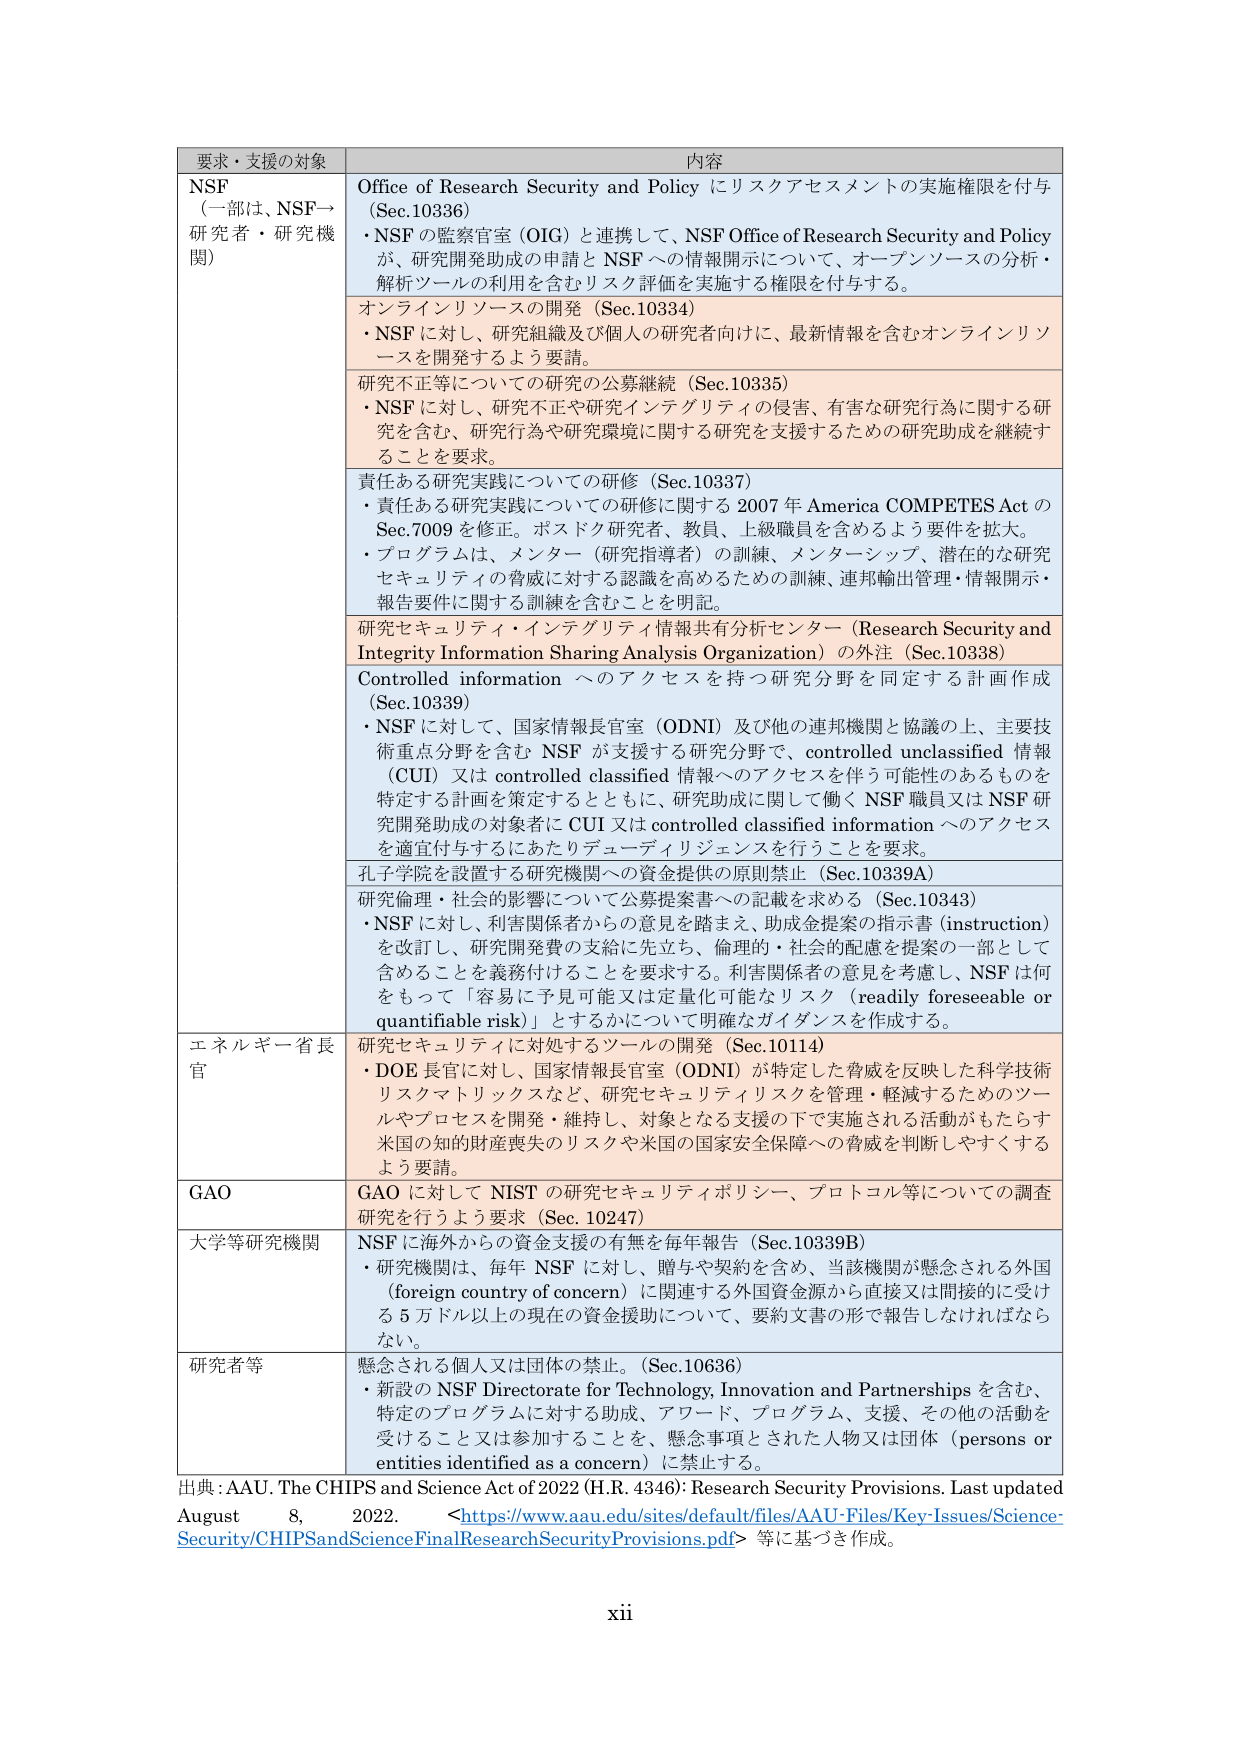
要求・支援の対象 内容
NSF
（一部は、NSF→研究者・研究機関）
Office of Research Security and Policy にリスクアセスメントの実施権限を付与 (Sec.10336)
・NSF の監察官室 (OIG) と連携して、NSF Office of Research Security and Policy が、研究開発助成の申請と NSF への情報開示について、オープンソースの分析・解析ツールの利用を含むリスク評価を実施する権限を付与する。
オンラインリソースの開発 (Sec.10334)
・NSF に対し、研究組織及び個人の研究者向けに、最新情報を含むオンラインリソースを開発するよう要請。
研究不正等についての研究の公募継続 (Sec.10335)
・NSF に対し、研究不正や研究インテグリティの侵害、有害な研究行為に関する研究を含む、研究行為や研究環境に関する研究を支援するための研究助成を継続することを要求。
責任ある研究実践についての研修 (Sec.10337)
・責任ある研究実践についての研修に関する 2007 年 America COMPETES Act の Sec.7009 を修正。ポスドク研究者、教員、上級職員を含めるよう要件を拡大。
・プログラムは、メンター（研究指導者）の訓練、メンターシップ、潜在的な研究セキュリティの脅威に対する認識を高めるための訓練、連邦輸出管理・情報開示・報告要件に関する訓練を含むことを明記。
研究セキュリティ・インテグリティ情報共有分析センター（Research Security and Integrity Information Sharing Analysis Organization）の外注 (Sec.10338)
Controlled information へのアクセスを持つ研究分野を同定する計画作成 (Sec.10339)
・NSF に対して、国家情報長官室 (ODNI) 及び他の連邦機関と協議の上、主要技術重点分野を含む NSF が支援する研究分野で、controlled unclassified 情報 (CUI) 又は controlled classified 情報へのアクセスを伴う可能性のあるものを特定する計画を策定するとともに、研究助成に関して働く NSF 職員又は NSF 研究開発助成の対象者に CUI 又は controlled classified information へのアクセスを適宜付与するにあたりデューディリジェンスを行うことを要求。
孔子学院を設置する研究機関への資金提供の原則禁止 (Sec.10339A)
研究倫理・社会的影響について公募提案書への記載を求める (Sec.10343)
・NSF に対し、利害関係者からの意見を踏まえ、助成金提案の指示書 (instruction) を改訂し、研究開発費の支給に先立ち、倫理的・社会的配慮を提案の一部として含めることを義務付けることを要求する。利害関係者の意見を考慮し、NSF は何をもって「容易に予見可能又は定量化可能なリスク（readily foreseeable or quantifiable risk）」とするかについて明確なガイダンスを作成する。
エネルギー省長官
研究セキュリティに対処するツールの開発 (Sec.10114)
・DOE 長官に対し、国家情報長官室 (ODNI) が特定した脅威を反映した科学技術リスクマトリックスなど、研究セキュリティリスクを管理・軽減するためのツールやプロセスを開発・維持し、対象となる支援の下で実施される活動がもたらす米国の知的財産喪失のリスクや米国の国家安全保障への脅威を判断しやすくするよう要請。
GAO
GAO に対して NIST の研究セキュリティポリシー、プロトコル等についての調査研究を行うよう要求 (Sec.10247)
大学等研究機関
NSF に海外からの資金支援の有無を毎年報告 (Sec.10339B)
・研究機関は、毎年 NSF に対し、贈与や契約を含め、当該機関が懸念される外国 (foreign country of concern) に関連する外国資金源から直接又は間接的に受けた 5 万ドル以上の現在の資金援助について、要約文書の形で報告しなければならない。
研究者等
懸念される個人又は団体の禁止。(Sec.10636)
・新設の NSF Directorate for Technology, Innovation and Partnerships を含む、特定のプログラムに対する助成、アワード、プログラム、支援、その他の活動を受けること又は参加することを、懸念事項とされた人物又は団体（persons or entities identified as a concern）に禁止する。
出典: AAU. The CHIPS and Science Act of 2022 (H.R. 4346): Research Security Provisions. Last updated August 8, 2022. <https://www.aau.edu/sites/default/files/AAU-Files/Key-Issues/Science-Security/CHIPSandScienceFinalResearchSecurityProvisions.pdf> 等に基づき作成。
xii